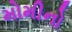
મોમીનો